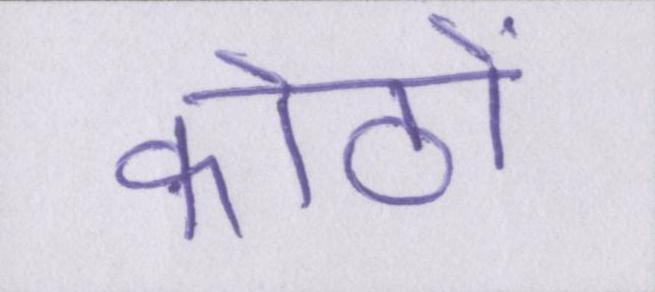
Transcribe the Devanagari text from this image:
कोठों